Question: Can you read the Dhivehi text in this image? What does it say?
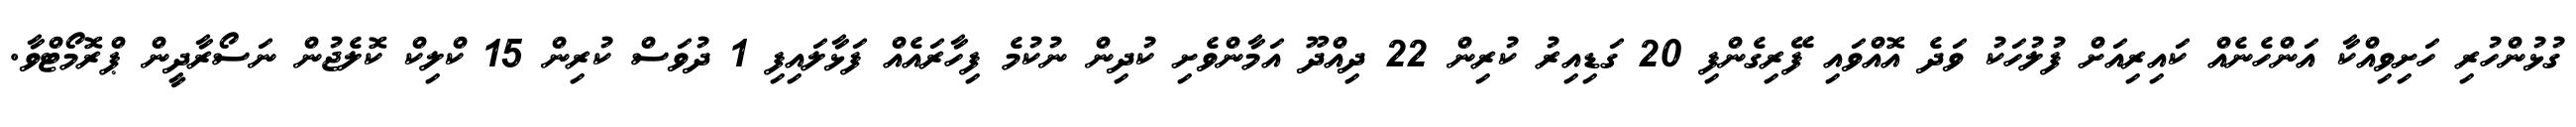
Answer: ގުޅުންހުރި ހަށިވިއްކާ އަންހެނެއް ކައިރިއަށް ފުލުހަކު ވަދެ އޮއްވައި ފޭރިގެންފި 20 ގަޑިއިރު ކުރިން 22 ދިއްދޫ އަމާންވެށި ކުދިން ނުކުމެ ފިހާރައެއް ފަޅާލައިފި 1 ދުވަސް ކުރިން 15 ކްލިކް ކޮލެޖުން ނަސޯރާދީން ޕްރޮމޯޓްވާ.